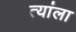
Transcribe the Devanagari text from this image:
त्यांला